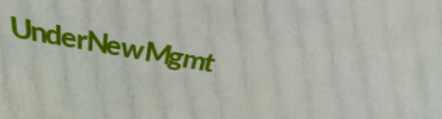
UnderNewMgmt